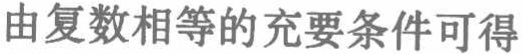
由复数相等的充要条件可得